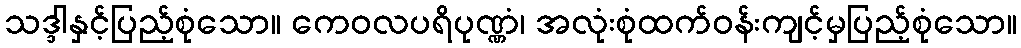
သဒ္ဒါနှင့်ပြည့်စုံသော။ ကေဝလပရိပုဏ္ဏံ၊ အလုံးစုံထက်ဝန်းကျင့်မှပြည့်စုံသော။